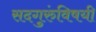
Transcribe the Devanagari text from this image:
सदगुरुंविषयी